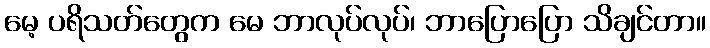
မေ့ ပရိသတ်တွေက မေ ဘာလုပ်လုပ်၊ ဘာပြောပြော သိချင်တာ။